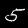
Label: 5